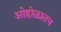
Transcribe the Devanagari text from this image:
ओहोळातच